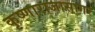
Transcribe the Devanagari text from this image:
कृष्णाराजासागर